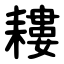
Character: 耬